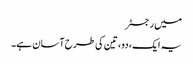
میں رجسٹر
یہ ایک، دو، تین کی طرح آسان ہے۔